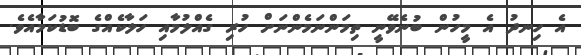
އެ ހިނދު އެ މީހުން ބުނެވޭނީ ތިމަންނަމެންނަށް ހުރި ގެއްލުމާއި ހަލާކެއްގެ ބޮޑުކަމާއެވެ.